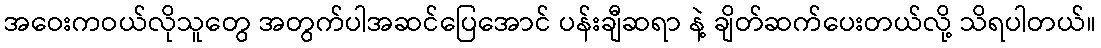
အဝေးကဝယ်လိုသူတွေ အတွက်ပါအဆင်ပြေအောင် ပန်းချီဆရာ နဲ့ ချိတ်ဆက်ပေးတယ်လို့ သိရပါတယ်။